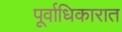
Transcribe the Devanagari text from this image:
पूर्वाधिकारात